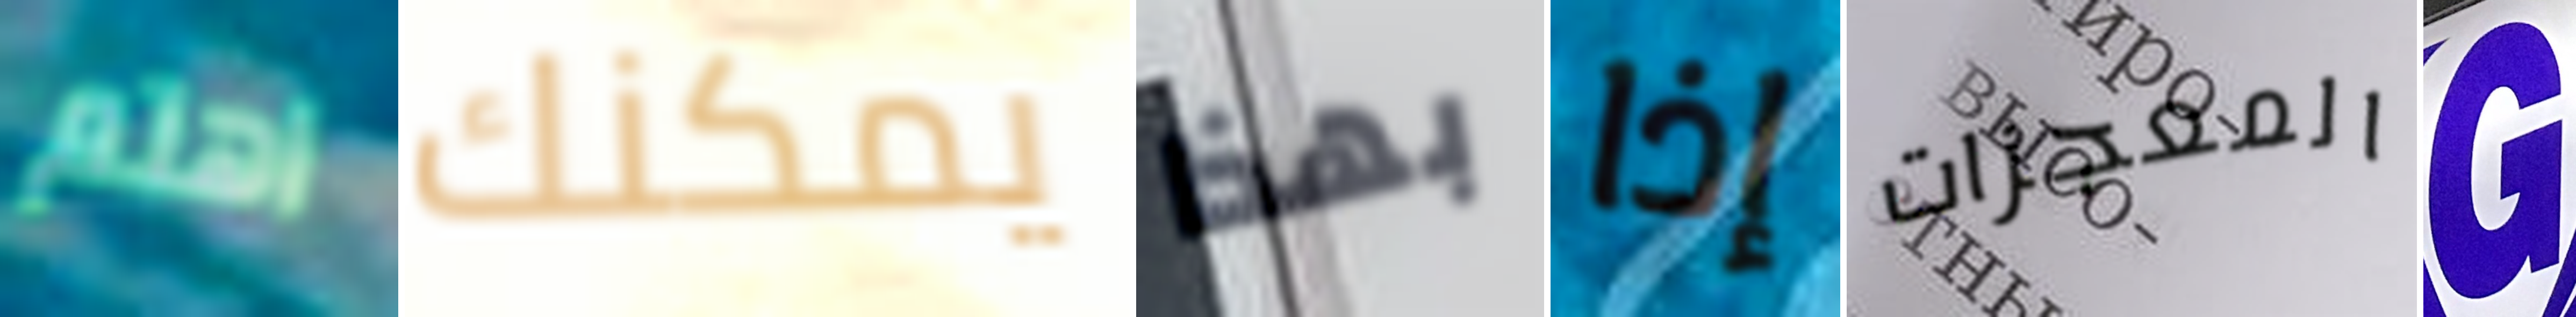
اهتم يمكنك بهذا إذا المعجزات G